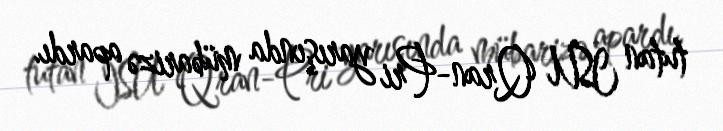
tutan ISU Qran-Pri yarışında mübarizə apardı.